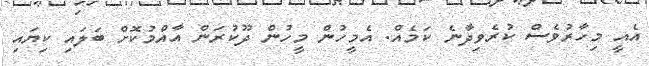
އެއީ މިހާރުވެސް ކުރެވިދާނެ ކަމެއް. އެމީހުން މީހުން ދޫކުރަން އާއްމުކޮށް ބަލައި ކިޔައި